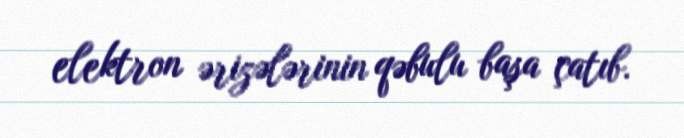
elektron ərizələrinin qəbulu başa çatıb.